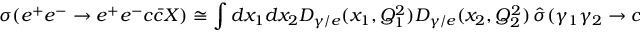
\sigma ( e ^ { + } e ^ { - } \rightarrow e ^ { + } e ^ { - } c \bar { c } X ) \cong \int d x _ { 1 } d x _ { 2 } D _ { \gamma / e } ( x _ { 1 } , Q _ { 1 } ^ { 2 } ) D _ { \gamma / e } ( x _ { 2 } , Q _ { 2 } ^ { 2 } ) \, \hat { \sigma } ( \gamma _ { 1 } \gamma _ { 2 } \rightarrow c \bar { c } X ) \, ,